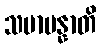
သမာပန္နာတိ